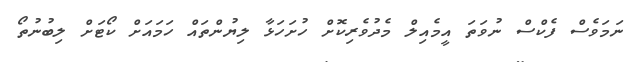
ނަމަވެސް ފެކްސް ނުވަތަ އީމެއިލް މެދުވެރިކޮށް ހުށަހަޅާ ލިޔުންތައް ހަމައަށް ކޯޓަށް ލިބުނުތޯ